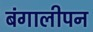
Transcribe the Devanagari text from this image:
बंगालीपन